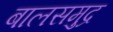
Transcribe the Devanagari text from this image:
बालसमुद्र